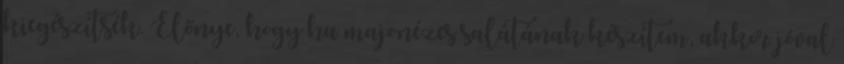
kiegészítsék. Előnye, hogy ha majonézes salátának készítem, akkor jóval